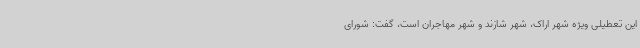
این تعطیلی ویژه شهر اراک، شهر شازند و شهر مهاجران است، گفت: شورای